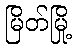
မြိတ်မြို့